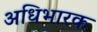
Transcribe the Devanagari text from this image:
अधिभारक